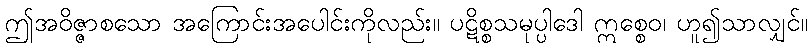
ဤအဝိဇ္ဇာစသော အကြောင်းအပေါင်းကိုလည်း။ ပဋိစ္စသမုပ္ပါဒေါ ဣစ္စေဝ၊ ဟူ၍သာလျှင်။